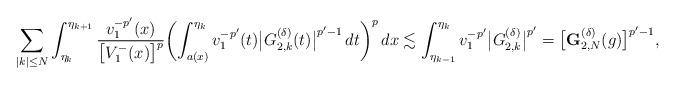
LaTeX: \begin{align*}\sum_{|k|\le N}\int_{\eta_{k}}^{\eta_{k+1}} \frac{v_1^{-p'}(x)}{\bigl[V_1^-(x)\bigr]^{p}} \biggl(\int_{a(x)}^{\eta_{k}}v_1^{-p'}(t)\bigl|G^{(\delta)}_{2,k}(t)\bigr|^{p'-1}\,dt\biggr)^p\,dx\lesssim\int_{\eta_{k-1}}^{\eta_k}v_1^{-p'}\bigl|G_{2,k}^{(\delta)}\bigr|^{p'}=\bigl[\mathbf{G}^{(\delta)}_{2,N}(g)\bigr]^{p'-1},\end{align*}